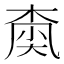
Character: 𡙚